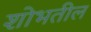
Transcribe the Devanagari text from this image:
शोभतील